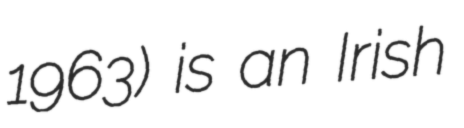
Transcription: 1963) is an Irish